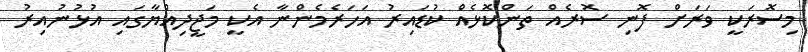
މިސޮރަކީ ވަރަށް ފޮނި ސޮރެއް ތަންކޮޅެއް ކުޑައިރު އަހަރެމެންނާ އެކީ މަޖީދިއްޔާގައި އުޅުނުއިރު